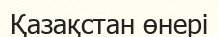
Қазақстан өнері